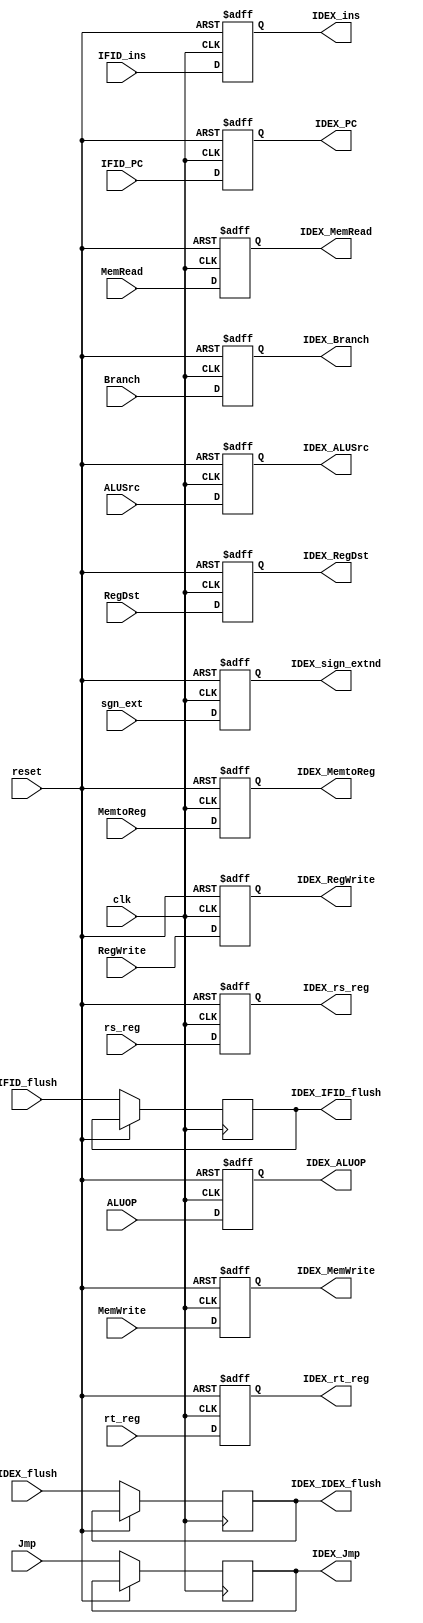
`timescale 1ns / 1ps
//////////////////////////////////////////////////////////////////////////////////
// Company: 
// Engineer: 
// 
// Design Name: 
// Module Name: IDEX_reg
// Project Name: 
// Target Devices: 
// Tool Versions: 
// Description: 
// 
// Dependencies: 
// 
// Revision:
// Revision 0.01 - File Created
// Additional Comments:
// 
//////////////////////////////////////////////////////////////////////////////////


module IDEX_reg(
    input clk,
    input reset,
    input [31:0] IFID_ins,
    input RegDst,
    input [1:0] ALUOP,
    input [31:0] IFID_PC,
    input ALUSrc,
    input Branch,
    input Jmp,
    input MemRead,
    input MemWrite,
    input RegWrite,
    input MemtoReg,
    input IDEX_flush,
    input IFID_flush,
    input [31:0] sgn_ext,
    input [31:0] rt_reg,
    input [31:0] rs_reg,
    output reg [31:0] IDEX_ins,
    output reg IDEX_RegDst,
    output reg [1:0] IDEX_ALUOP,
    output reg [31:0] IDEX_PC,
    output reg IDEX_ALUSrc,
    output reg IDEX_Branch,
    output reg IDEX_Jmp,
    output reg IDEX_MemRead,
    output reg IDEX_MemWrite,
    output reg IDEX_RegWrite,
    output reg IDEX_MemtoReg,
    output reg [31:0] IDEX_sign_extnd,
    output reg [31:0] IDEX_rt_reg,
    output reg [31:0] IDEX_rs_reg,
    output reg IDEX_IDEX_flush,
    output reg IDEX_IFID_flush
);
//reg flush;
//always@(posedge flush)begin
//   if(flush)begin
//        IDEX_ins <= 32'bx;
//        IDEX_RegDst <= 1'b0;
//        IDEX_ALUOP <= 2'b00;
//        IDEX_PC <= 32'b0;
//        IDEX_ALUSrc <= 1'b0;
//        IDEX_Branch <= 1'b0;
//        IDEX_MemRead <= 1'b0;
//        IDEX_MemWrite <= 1'b0;
//        IDEX_RegWrite <= 1'b0;
//        IDEX_MemtoReg <= 1'b0;
//        IDEX_sign_extnd <= 32'b0;
//        IDEX_rt_reg <= 32'b0;
//        IDEX_rs_reg <= 32'b0;
//   end 
//end
always @(posedge clk or posedge reset) begin
//    flush <= IDEX_flush;
    if (reset) begin
        // Reset all registers to zero
        IDEX_ins <= 32'bx;
        IDEX_RegDst <= 1'b0;
        IDEX_ALUOP <= 2'b00;
        IDEX_PC <= 32'b0;
        IDEX_ALUSrc <= 1'b0;
        IDEX_Branch <= 1'b0;
        IDEX_MemRead <= 1'b0;
        IDEX_MemWrite <= 1'b0;
        IDEX_RegWrite <= 1'b0;
        IDEX_MemtoReg <= 1'b0;
        IDEX_sign_extnd <= 32'b0;
        IDEX_rt_reg <= 32'b0;
        IDEX_rs_reg <= 32'b0;
    end else begin
        // Update registers with new values
        IDEX_ins <= IFID_ins;
        IDEX_RegDst <= RegDst;
        IDEX_ALUOP <= ALUOP;
        IDEX_PC <= IFID_PC;
        IDEX_ALUSrc <= ALUSrc;
        IDEX_Branch <= Branch;
        IDEX_Jmp    <= Jmp;
        IDEX_MemRead <= MemRead;
        IDEX_MemWrite <= MemWrite;
        IDEX_RegWrite <= RegWrite;
        IDEX_MemtoReg <= MemtoReg;
        IDEX_sign_extnd <= sgn_ext;
        IDEX_rt_reg <= rt_reg;
        IDEX_rs_reg <= rs_reg;
        IDEX_IDEX_flush <= IDEX_flush;
        IDEX_IFID_flush <= IFID_flush;
     end
end

endmodule